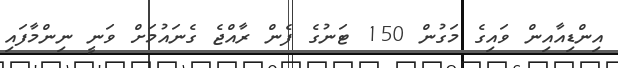
އިންޑިއާއިން ވައިގެ މަގުން 150 ޓަނުގެ ފެން ރާއްޖެ ގެނައުމަށް ވަނީ ނިންމާފައި